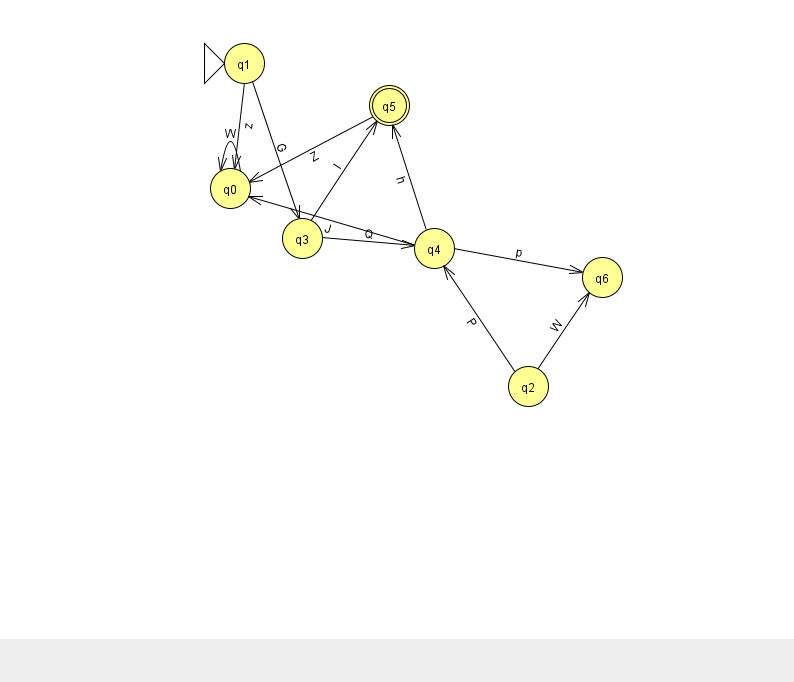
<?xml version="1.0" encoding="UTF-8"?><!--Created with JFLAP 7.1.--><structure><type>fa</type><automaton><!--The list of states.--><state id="0" name="q0"><x>230.0</x><y>175.0</y></state><state id="1" name="q1"><x>244.0</x><y>50.0</y><initial/></state><state id="2" name="q2"><x>528.0</x><y>373.0</y></state><state id="3" name="q3"><x>302.0</x><y>225.0</y></state><state id="4" name="q4"><x>434.0</x><y>235.0</y></state><state id="5" name="q5"><x>389.0</x><y>92.0</y><final/></state><state id="6" name="q6"><x>602.0</x><y>264.0</y></state><!--The list of transitions.--><transition><from>1</from><to>0</to><read>z</read></transition><transition><from>4</from><to>6</to><read>p</read></transition><transition><from>5</from><to>0</to><read>Z</read></transition><transition><from>4</from><to>5</to><read>h</read></transition><transition><from>3</from><to>4</to><read>Q</read></transition><transition><from>3</from><to>5</to><read>I</read></transition><transition><from>0</from><to>0</to><read>W</read></transition><transition><from>2</from><to>6</to><read>W</read></transition><transition><from>4</from><to>0</to><read>J</read></transition><transition><from>1</from><to>3</to><read>G</read></transition><transition><from>2</from><to>4</to><read>P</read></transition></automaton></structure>